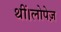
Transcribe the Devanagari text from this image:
थीं।लोपेज़